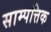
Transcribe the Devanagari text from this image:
साम्पत्तिक